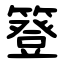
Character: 簦